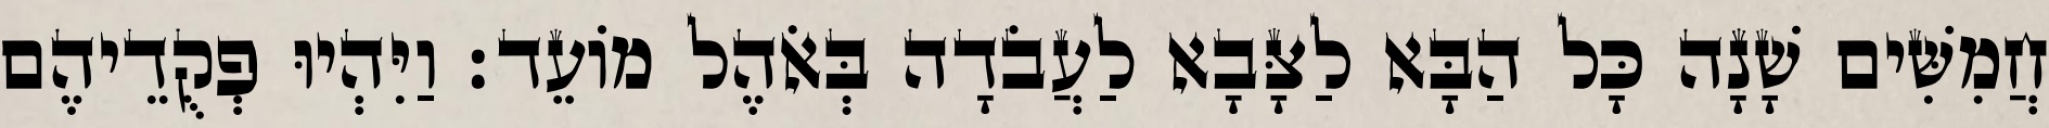
חֲמִשִּׁים שָׁנָה כָּל הַבָּא לַצָּבָא לַעֲבֹדָה בְּאֹהֶל מוֹעֵד׃ וַיִּהְיוּ פְקֻדֵיהֶם